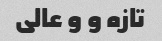
تازه و و عالی